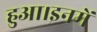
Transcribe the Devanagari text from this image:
हुआ।इनमें